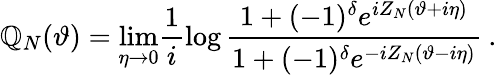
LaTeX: {\cal\mathbb{Q}}_{N}(\vartheta)=\mathop{\operatorname*{lim}}_{\eta\rightarrow0}\frac{{1}}{{i}}\log\frac{{1+(-1)^{\delta}e^{iZ_{N}(\vartheta+i\eta)}}}{{1+(-1)^{\delta}e^{-iZ_{N}(\vartheta-i\eta)}}}\: .